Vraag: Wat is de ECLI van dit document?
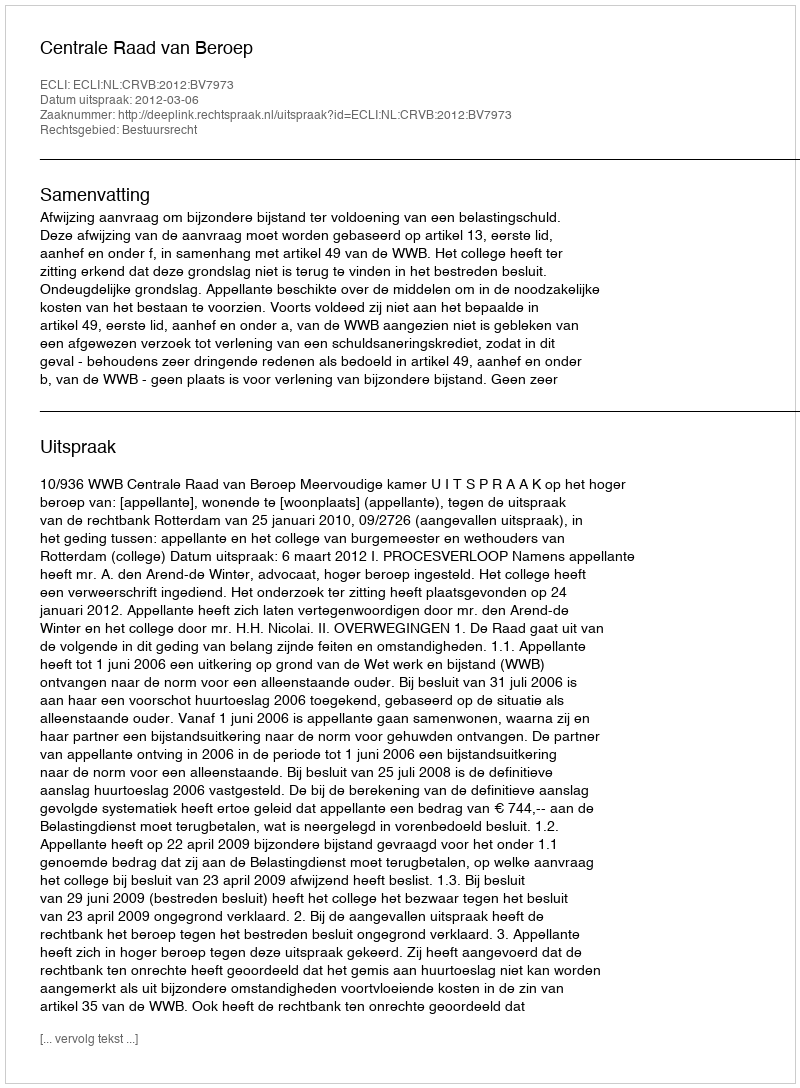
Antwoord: ECLI:NL:CRVB:2012:BV7973